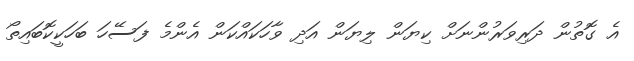
އެ ގޮތުން ދަރިވަރުންނަށް ކިޔަން ލިޔަން އަދި ވާހަކަައްކަން އެންމެ ފަސޭހަ ބަހަކީކޮބައިތޯ